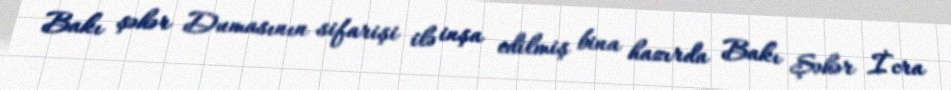
Bakı şəhər Dumasının sifarişi ilə inşa edilmiş bina hazırda Bakı Şəhər İcra